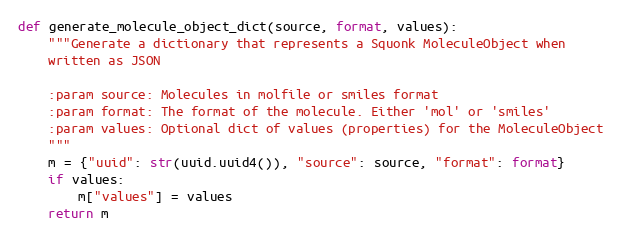
Language: Python
def generate_molecule_object_dict(source, format, values):
    """Generate a dictionary that represents a Squonk MoleculeObject when
    written as JSON

    :param source: Molecules in molfile or smiles format
    :param format: The format of the molecule. Either 'mol' or 'smiles'
    :param values: Optional dict of values (properties) for the MoleculeObject
    """
    m = {"uuid": str(uuid.uuid4()), "source": source, "format": format}
    if values:
        m["values"] = values
    return m